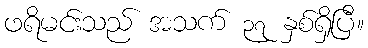
ဖရိမင်းသည် အသက် ၃၇ နှစ်ရှိပြီ။